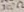
Text: 300Ω